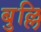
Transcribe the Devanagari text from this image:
बुल्लि